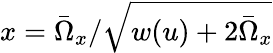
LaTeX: x=\bar{\Omega}_{x}/\sqrt{w(u)+2\bar{\Omega}_{x}}